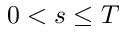
0 < s \leq T